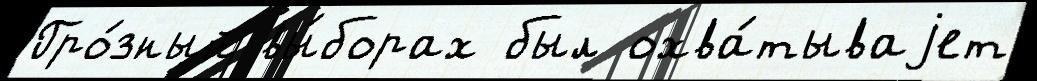
Гро́зный вы́борах был охва́тываjет